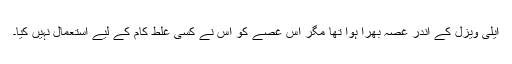
ایلی ویزل کے اندر غصہ بھرا ہوا تھا مگر اس غصے کو اس نے کسی غلط کام کے لیے استعمال نہیں کیا۔